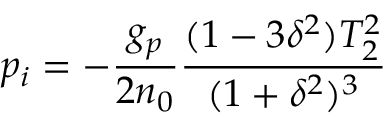
p _ { i } = - \frac { g _ { p } } { 2 n _ { 0 } } \frac { ( 1 - 3 \delta ^ { 2 } ) T _ { 2 } ^ { 2 } } { ( 1 + \delta ^ { 2 } ) ^ { 3 } }